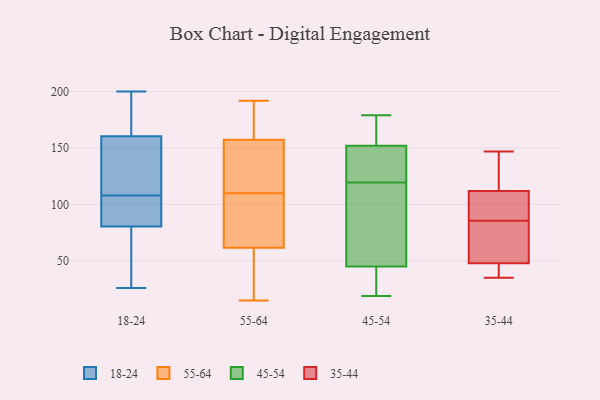
{"axis": {"x": "Satisfaction Score", "y": "Value"}, "legend": ["18-24", "35-44", "45-54", "55-64"], "data": [{"x": "", "y": 93, "type": "18-24"}, {"x": "", "y": 102, "type": "18-24"}, {"x": "", "y": 73, "type": "18-24"}, {"x": "", "y": 149, "type": "18-24"}, {"x": "", "y": 90, "type": "18-24"}, {"x": "", "y": 88, "type": "18-24"}, {"x": "", "y": 114, "type": "18-24"}, {"x": "", "y": 122, "type": "18-24"}, {"x": "", "y": 200, "type": "18-24"}, {"x": "", "y": 183, "type": "18-24"}, {"x": "", "y": 44, "type": "18-24"}, {"x": "", "y": 57, "type": "18-24"}, {"x": "", "y": 153, "type": "18-24"}, {"x": "", "y": 26, "type": "18-24"}, {"x": "", "y": 189, "type": "18-24"}, {"x": "", "y": 168, "type": "18-24"}, {"x": "", "y": 75, "type": "55-64"}, {"x": "", "y": 72, "type": "55-64"}, {"x": "", "y": 55, "type": "55-64"}, {"x": "", "y": 158, "type": "55-64"}, {"x": "", "y": 157, "type": "55-64"}, {"x": "", "y": 130, "type": "55-64"}, {"x": "", "y": 106, "type": "55-64"}, {"x": "", "y": 64, "type": "55-64"}, {"x": "", "y": 178, "type": "55-64"}, {"x": "", "y": 118, "type": "55-64"}, {"x": "", "y": 47, "type": "55-64"}, {"x": "", "y": 192, "type": "55-64"}, {"x": "", "y": 110, "type": "55-64"}, {"x": "", "y": 15, "type": "55-64"}, {"x": "", "y": 116, "type": "55-64"}, {"x": "", "y": 171, "type": "55-64"}, {"x": "", "y": 22, "type": "55-64"}, {"x": "", "y": 177, "type": "45-54"}, {"x": "", "y": 179, "type": "45-54"}, {"x": "", "y": 58, "type": "45-54"}, {"x": "", "y": 122, "type": "45-54"}, {"x": "", "y": 152, "type": "45-54"}, {"x": "", "y": 117, "type": "45-54"}, {"x": "", "y": 19, "type": "45-54"}, {"x": "", "y": 73, "type": "45-54"}, {"x": "", "y": 166, "type": "45-54"}, {"x": "", "y": 41, "type": "45-54"}, {"x": "", "y": 129, "type": "45-54"}, {"x": "", "y": 125, "type": "45-54"}, {"x": "", "y": 97, "type": "45-54"}, {"x": "", "y": 34, "type": "45-54"}, {"x": "", "y": 45, "type": "45-54"}, {"x": "", "y": 148, "type": "45-54"}, {"x": "", "y": 172, "type": "45-54"}, {"x": "", "y": 36, "type": "45-54"}, {"x": "", "y": 37, "type": "35-44"}, {"x": "", "y": 84, "type": "35-44"}, {"x": "", "y": 86, "type": "35-44"}, {"x": "", "y": 147, "type": "35-44"}, {"x": "", "y": 85, "type": "35-44"}, {"x": "", "y": 87, "type": "35-44"}, {"x": "", "y": 112, "type": "35-44"}, {"x": "", "y": 35, "type": "35-44"}, {"x": "", "y": 112, "type": "35-44"}, {"x": "", "y": 45, "type": "35-44"}, {"x": "", "y": 48, "type": "35-44"}, {"x": "", "y": 118, "type": "35-44"}, {"x": "", "y": 144, "type": "35-44"}, {"x": "", "y": 70, "type": "35-44"}]}